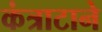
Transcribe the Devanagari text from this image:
कंत्राटाने